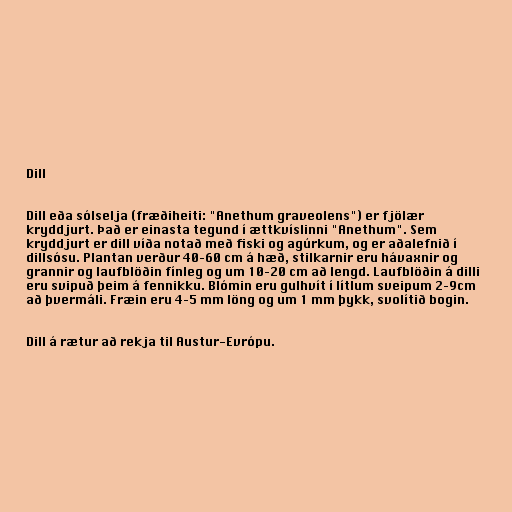
Dill

Dill eða sólselja (fræðiheiti: "Anethum graveolens") er fjölær
kryddjurt. Það er einasta tegund í ættkvíslinni "Anethum". Sem
kryddjurt er dill víða notað með fiski og agúrkum, og er aðalefnið í
dillsósu. Plantan verður 40–60 cm á hæð, stilkarnir eru hávaxnir og
grannir og laufblöðin fínleg og um 10–20 cm að lengd. Laufblöðin á dilli
eru svipuð þeim á fennikku. Blómin eru gulhvít í lítlum sveipum 2–9cm
að þvermáli. Fræin eru 4–5 mm löng og um 1 mm þykk, svolítið bogin.

Dill á rætur að rekja til Austur-Evrópu.